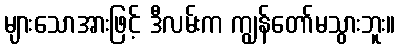
များသောအားဖြင့် ဒီလမ်းက ကျွန်တော်မသွားဘူး။